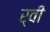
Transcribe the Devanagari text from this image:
र्वी